Annual administration and progress report of the Indian Medical Department, Bombay
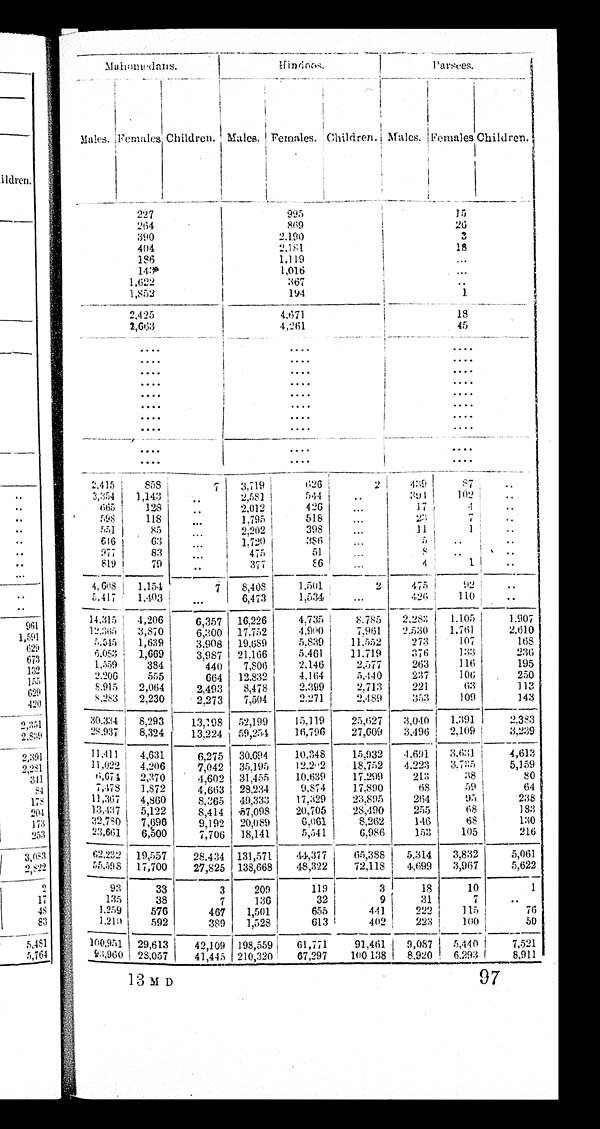
Mahomedans.
Hi ndoes.
Parsees.
Males. Females. Children. Males.
F e m a l e s .
Children. Males. Females. Child ren.
227
995
1
5
264
869
26
390
2 , 1 9 0
3
404
2 , 1 8 1
18
186
1,119
...
143
1,016
...
1,622
36
7
..
1,852
194
1
2 , 4 2 5
4,671
18
2,663
4 , 2 6 1
45
....
....
....
....
....
....
....
....
....
....
....
....
....
....
....
....
....
....
....
....
....
....
....
....
....
....
....
....
....
....
2,415
858
7
3,719
626
2
439
87 ..
3,354 1,143 ..
2,581
544
..
394
102
..
665
128
..
2,012
426 ..
17
4
..
598
118 ..
1,795
518
...
23
7
..
551 85 ..
2,202
398
...
11
1
..
616 63 ...
1,720
386
...
5 ..
..
977 83 ...
475
51 ...
8 ..
..
819 79
..
377
86
...
4
1
..
4,608 1,154
7
8,408 1,501
2
475
92 ..
5,417 1,403
...
6,473
1,534
...
426 110
..
14,315 4,206
6,357 16,226
4,735
8,785 2,283 1,105
1,907
12,365 3,870
6,300 17,752
4,900
7,961 2,530 1,761
2,610
5,545 1,639
3,908 19,689
5,839
11,552
273
107
168
6,083 1,669
3,987 21,166
5,461
11,719
376
133
236
1,559 384
440 7,806 2,146
2,577
263 116
195
2,206
555
664 12,832
4,164
5,440 237
106
250
8,915 2,064
2,493 8,478
2,399
2,713
221
63
113
8,283 2,230
2,273 7,504
2,271
2,489 353
109
143
30, 334
8,293 13,198 52,199 15,119
25,627 3,040
1,391
2,383
28,937 8,324 13,224 59,254 16,796 27,609 3,496 2,109 3,239
11,411 4,631
6,275 30,694 10,348 15,932 4,691 3,631 4,613
11,022 4,206
7,042 35,195 12,202 18,752 4,223 3,735 5,159
6,674 2,370
4,602 31,455 10,639 17,299 213
38
80
7,478 1,872
4,663 28,234
9,874 17,890
68
59
64
11,367 4,860
8,365 49,333 17,329 23,895 264
95
238
13,437 5,122
8,414 57,098 20,705 28,490
255
68
183
32,780 7,696
9,192 20,089
6,061
8,262
146
68
130
23,661 6,500
7,706 18,141
5,541
6,986
153
105
216
62,232 19,557 28,434 131,571 44,377 65,388 5,314
3 , 8 3 2 5,061
55,598 17,700 27,825 138,668 48,322 72,118 4,699 3,967
5,622
93
33
3
209
119
3
18
10
1
135
38
7
136
32
9
31
7
..
1,259
576
467 1,501
655
441
222 115
76
1,210 592
389 1,528
613 402
223
100
50
100,951 2 9 , 6 1 3
42,109 198,559 61,771 91,461 9,087 5,440
7, 521
93,960 28,057 41,445 210,320
6 7 , 2 9 7
100,138 8,920 6,293 8,911
1 3 M D
97